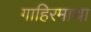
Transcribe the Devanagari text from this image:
गाहिरमाथा